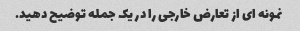
نمونه ای از تعارض خارجی را در یک جمله توضیح دهید.